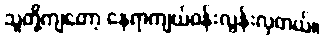
သူတို့ကျတော့ နေရာကျယ်ဝန်းလွန်းလှတယ်။